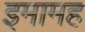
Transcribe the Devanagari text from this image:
इमामह